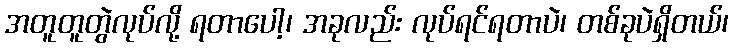
အတူတူတွဲလုပ်လို့ ရတာပေါ့၊ အခုလည်း လုပ်ရင်ရတာပဲ၊ တစ်ခုပဲရှိတယ်၊